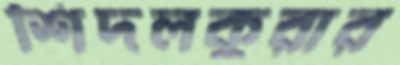
শিদলকুরার